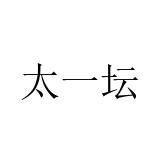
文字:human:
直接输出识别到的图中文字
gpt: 太一坛